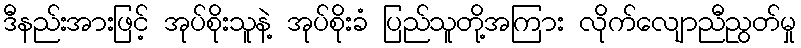
ဒီနည်းအားဖြင့် အုပ်စိုးသူနဲ့ အုပ်စိုးခံ ပြည်သူတို့အကြား လိုက်လျောညီညွတ်မှု